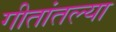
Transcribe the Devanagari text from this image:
गीतांतल्या